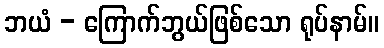
ဘယံ - ကြောက်ဘွယ်ဖြစ်သော ရုပ်နာမ်။